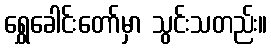
ရွှေခေါင်းတော်မှာ သွင်းသတည်း။